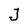
Character: J